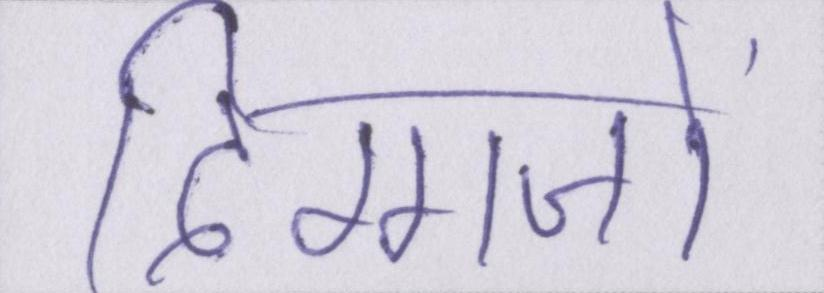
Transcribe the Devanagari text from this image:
दिग्गजों